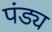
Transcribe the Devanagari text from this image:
पंड्य